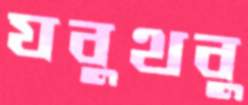
যবুথবু